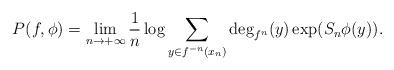
LaTeX: \begin{align*} P(f,\phi) = \lim\limits_{n\to +\infty} \frac{1}{n} \log \sum\limits_{y\in f^{-n}(x_n)} \deg_{f^n}(y) \exp (S_n\phi(y)).\end{align*}